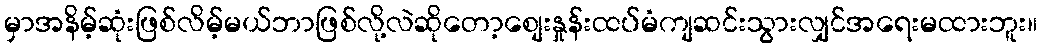
မှာအနိမ့်ဆုံးဖြစ်လိမ့်မယ်ဘာဖြစ်လို့လဲဆိုတော့စျေးနှုန်းထပ်မံကျဆင်းသွားလျှင်အရေးမထားဘူး။